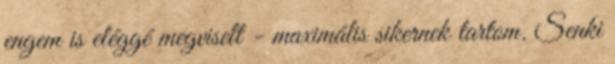
engem is eléggé megviselt - maximális sikernek tartom. Senki